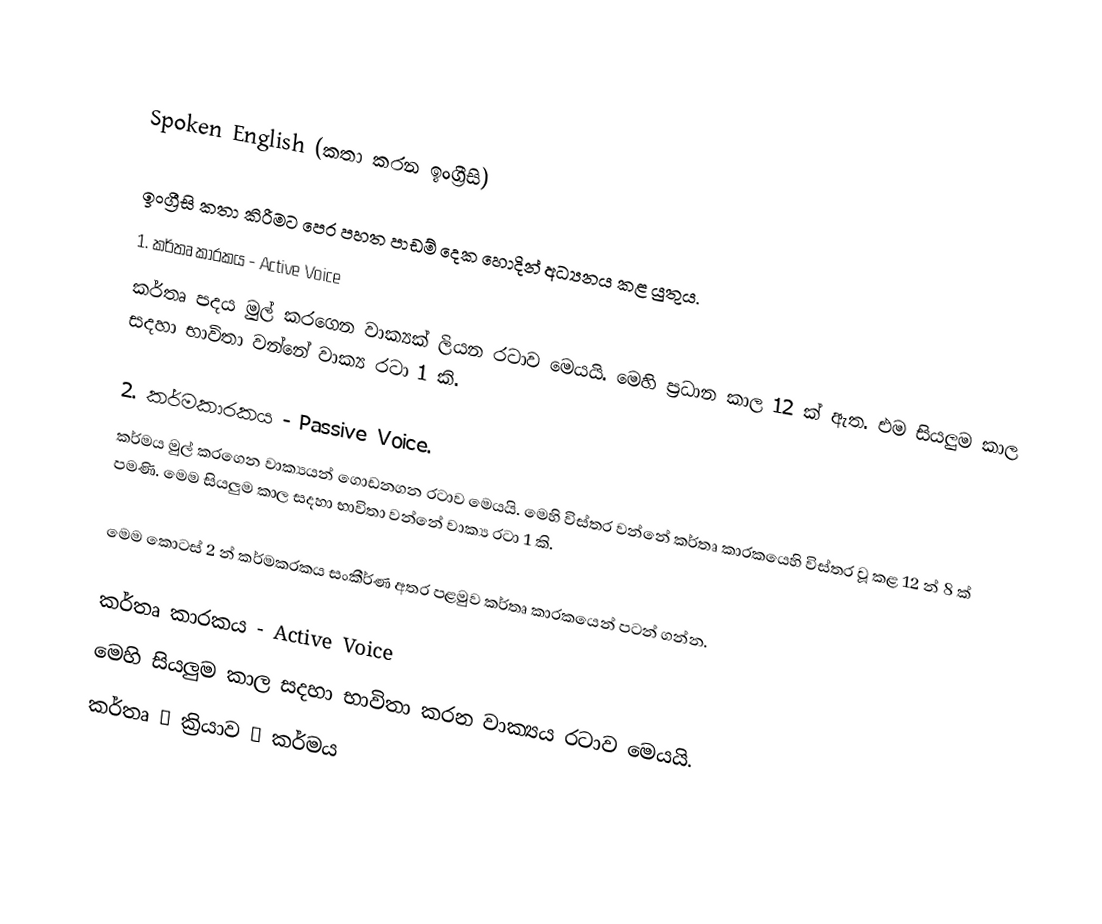

Spoken English (කතා කරන ඉංග්‍රීසි)

ඉංග්‍රීසි කතා කිරීමට පෙර පහත පාඩම් දෙක හොදින් අධ්‍යනය කළ යුතුය.
1. කර්තෘ කාරකය - Active Voice
කර්තෘ පදය මුල් කරගෙන වාක්‍යක් ලියන රටාව මෙයයි. මෙහි ප්‍රධාන කාල 12 ක් ඇත. එම සියලුම කාල සදහා භාවිතා වන්නේ වාක්‍ය රටා 1 කි.

2. කර්මකාරකය - Passive Voice.
කර්මය මුල් කරගෙන වාක්‍යයන් ගොඩනගන රටාව මෙයයි. මෙහි විස්තර වන්නේ කර්තෘ කාරකයෙහි විස්තර වූ කළ 12 න් 8 ක් පමණි. මෙම  සියලුම කාල සදහා භාවිතා වන්නේ වාක්‍ය රටා 1 කි.

මෙම කොටස් 2 න් කර්මකරකය සංකීර්ණ අතර පළමුව කර්තෘ කාරකයෙන් පටන් ගන්න.

කර්තෘ කාරකය - Active Voice
මෙහි සියලුම කාල සදහා භාවිතා කරන වාක්‍යය රටාව මෙයයි.
කර්තෘ → ක්‍රියාව → කර්මය